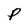
Character: P